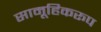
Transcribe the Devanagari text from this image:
सामूहिकरूप